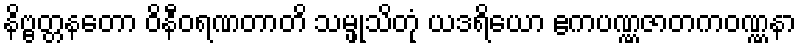
နိဗ္ဗတ္တနတော ဝိနီဝရဏတာတိ သမ္ဖုသိတုံ ယဒရိယော ဧကပဏ္ဏဇာတကဝဏ္ဏနာ